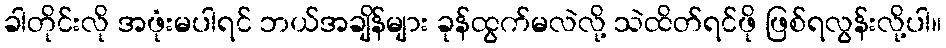
ခါတိုင်းလို အဖုံးမပါရင် ဘယ်အချိန်များ ခုန်ထွက်မလဲလို့ သဲထိတ်ရင်ဖို ဖြစ်ရလွန်းလို့ပါ။